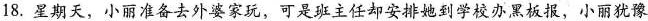
18. 星期天，小丽准备去外婆家玩，可是班主任却安排她到学校办黑板报，小丽犹豫